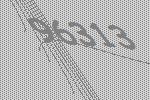
96313